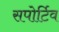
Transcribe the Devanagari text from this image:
सपोर्टिव